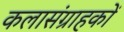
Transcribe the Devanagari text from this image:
कलासंग्राहकों